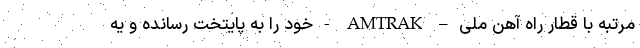
مرتبه با قطار راه آهن ملی – AMTRAK - خود را به پایتخت رسانده و یه